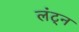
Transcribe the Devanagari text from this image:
लंट्न